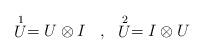
LaTeX: \begin{align*}\begin{array}{cc} \stackrel{1}{U} = U \otimes I \;\;\; , & \stackrel{2}{U} = I\otimes U \end{array}\end{align*}